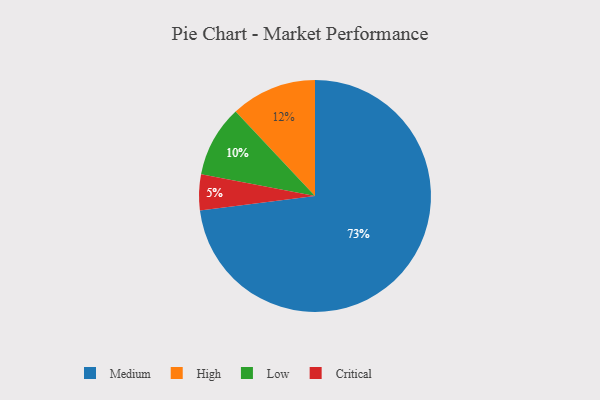
{"axis": {"x": "Category", "y": "Percentage"}, "legend": ["Critical", "High", "Low", "Medium"], "data": [{"x": "Medium", "y": 73, "type": "Medium"}, {"x": "Low", "y": 10, "type": "Low"}, {"x": "High", "y": 12, "type": "High"}, {"x": "Critical", "y": 5, "type": "Critical"}]}